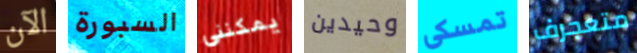
الآن السبورة يمكنني وحيدين تمسكى متعجرف